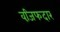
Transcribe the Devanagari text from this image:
वजि़फदार